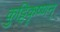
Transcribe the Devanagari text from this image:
कुट्टिकृष्णन्